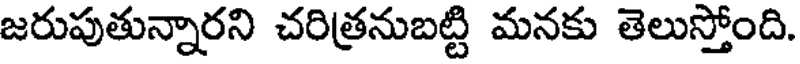
జరుపుతున్నారని చరిత్రనుబట్టి మనకు తెలుస్తోంది.